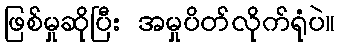
ဖြစ်မှုဆိုပြီး အမှုပိတ်လိုက်ရုံပဲ။